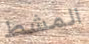
المشط